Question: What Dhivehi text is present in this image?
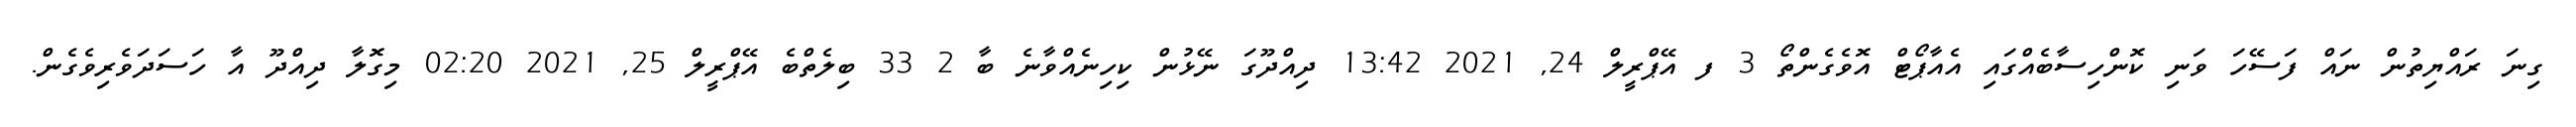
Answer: ގިނަ ރައްޔިތުން ނައް ފަސޭހަ ވަނި ކޮންހިސާބެއްގައި އެއާޕޯޓް އޮވެގެންތޯ 3 ފ އޭޕްރީލް 24, 2021 13:42 ދިއްދޫގަ ނޭޅުން ކިހިނެއްވާނެ ބާ 2 33 ބިލެތްބެ އޭޕްރީލް 25, 2021 02:20 މިގޮލާ ދިއްދޫ އާ ހަސަދަވެރިވެގެން.